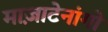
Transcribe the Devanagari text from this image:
माज़ाटेनांगो